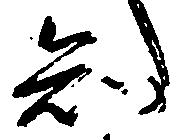
知